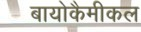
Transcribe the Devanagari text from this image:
बायोकैमीकल